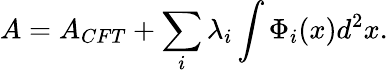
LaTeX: A=A_{CFT}+\sum_{i}\lambda_{i}\int\Phi_{i}(x)d^{2}x.